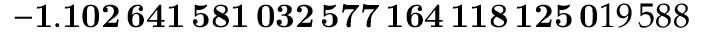
\mathbf { - 1 . 1 0 2 \, 6 4 1 \, 5 8 1 \, 0 3 2 \, 5 7 7 \, 1 6 4 \, 1 1 8 \, 1 2 5 \, 0 } 1 9 \, 5 8 8